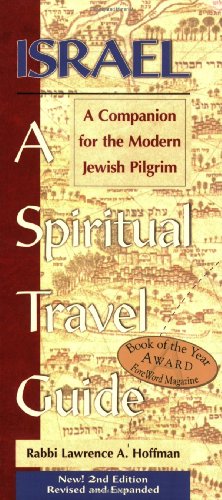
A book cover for Israel: A Spiritual Travel Guide: A Companion For The Modern Jewish Pilgrim; Lawrence A. Hoffman; Travel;